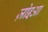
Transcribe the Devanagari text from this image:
ज़ोइआ